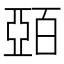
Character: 𫡷